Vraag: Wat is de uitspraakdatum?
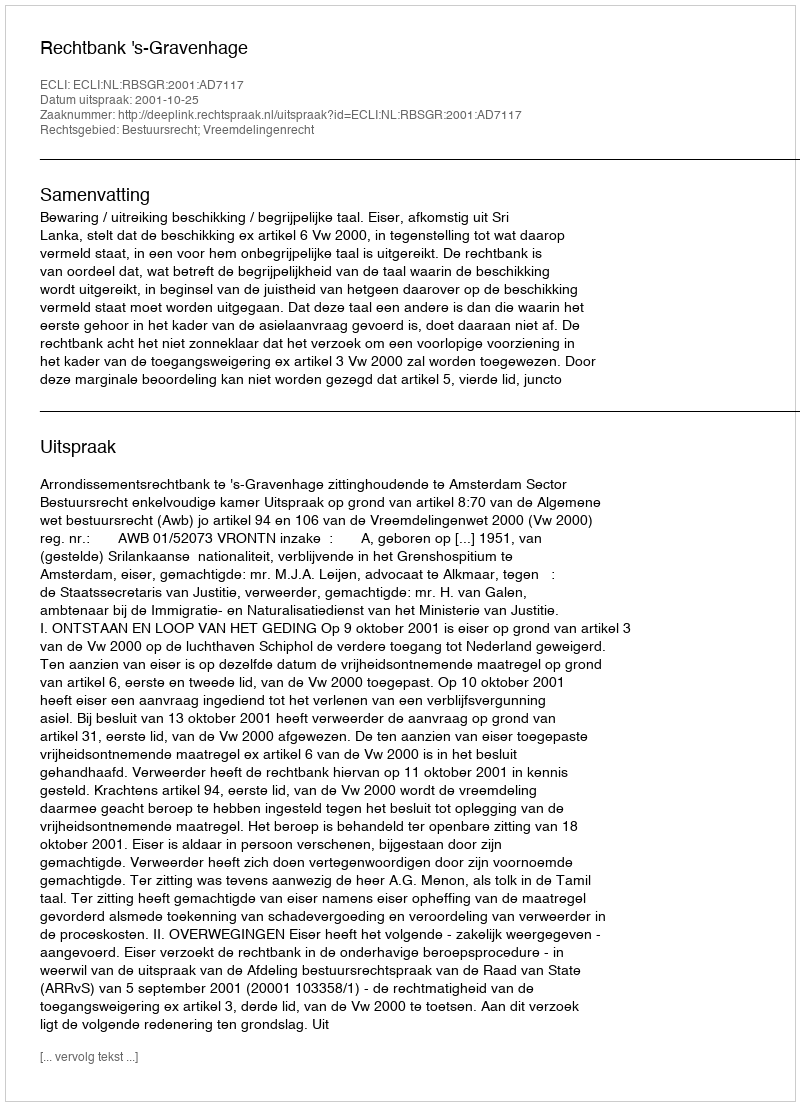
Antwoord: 2001-10-25